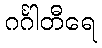
ဂင်္ဂါတီရေ